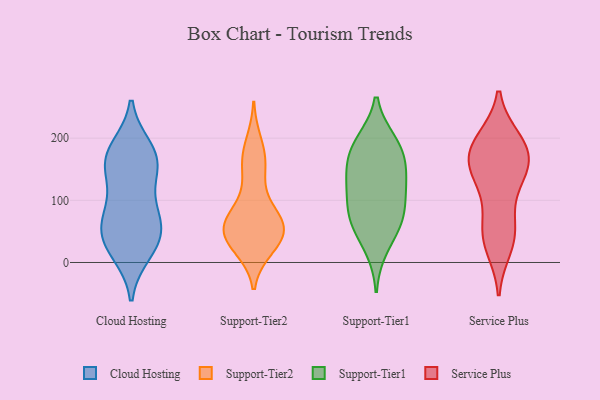
{"axis": {"x": "Operating Costs (USD K)", "y": "Value"}, "legend": ["Cloud Hosting", "Service Plus", "Support-Tier1", "Support-Tier2"], "data": [{"x": "", "y": 18, "type": "Cloud Hosting"}, {"x": "", "y": 35, "type": "Cloud Hosting"}, {"x": "", "y": 149, "type": "Cloud Hosting"}, {"x": "", "y": 85, "type": "Cloud Hosting"}, {"x": "", "y": 32, "type": "Cloud Hosting"}, {"x": "", "y": 53, "type": "Cloud Hosting"}, {"x": "", "y": 87, "type": "Cloud Hosting"}, {"x": "", "y": 58, "type": "Cloud Hosting"}, {"x": "", "y": 168, "type": "Cloud Hosting"}, {"x": "", "y": 181, "type": "Cloud Hosting"}, {"x": "", "y": 164, "type": "Cloud Hosting"}, {"x": "", "y": 161, "type": "Cloud Hosting"}, {"x": "", "y": 67, "type": "Support-Tier2"}, {"x": "", "y": 38, "type": "Support-Tier2"}, {"x": "", "y": 191, "type": "Support-Tier2"}, {"x": "", "y": 46, "type": "Support-Tier2"}, {"x": "", "y": 147, "type": "Support-Tier2"}, {"x": "", "y": 28, "type": "Support-Tier2"}, {"x": "", "y": 153, "type": "Support-Tier2"}, {"x": "", "y": 67, "type": "Support-Tier2"}, {"x": "", "y": 48, "type": "Support-Tier2"}, {"x": "", "y": 25, "type": "Support-Tier2"}, {"x": "", "y": 46, "type": "Support-Tier2"}, {"x": "", "y": 61, "type": "Support-Tier2"}, {"x": "", "y": 69, "type": "Support-Tier2"}, {"x": "", "y": 90, "type": "Support-Tier2"}, {"x": "", "y": 172, "type": "Support-Tier2"}, {"x": "", "y": 133, "type": "Support-Tier1"}, {"x": "", "y": 71, "type": "Support-Tier1"}, {"x": "", "y": 195, "type": "Support-Tier1"}, {"x": "", "y": 146, "type": "Support-Tier1"}, {"x": "", "y": 170, "type": "Support-Tier1"}, {"x": "", "y": 195, "type": "Support-Tier1"}, {"x": "", "y": 60, "type": "Support-Tier1"}, {"x": "", "y": 23, "type": "Support-Tier1"}, {"x": "", "y": 175, "type": "Support-Tier1"}, {"x": "", "y": 68, "type": "Support-Tier1"}, {"x": "", "y": 115, "type": "Support-Tier1"}, {"x": "", "y": 83, "type": "Support-Tier1"}, {"x": "", "y": 122, "type": "Support-Tier1"}, {"x": "", "y": 184, "type": "Service Plus"}, {"x": "", "y": 152, "type": "Service Plus"}, {"x": "", "y": 192, "type": "Service Plus"}, {"x": "", "y": 58, "type": "Service Plus"}, {"x": "", "y": 26, "type": "Service Plus"}, {"x": "", "y": 53, "type": "Service Plus"}, {"x": "", "y": 183, "type": "Service Plus"}, {"x": "", "y": 159, "type": "Service Plus"}, {"x": "", "y": 39, "type": "Service Plus"}, {"x": "", "y": 196, "type": "Service Plus"}, {"x": "", "y": 162, "type": "Service Plus"}, {"x": "", "y": 126, "type": "Service Plus"}, {"x": "", "y": 131, "type": "Service Plus"}]}